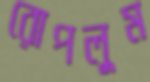
রোপলুম